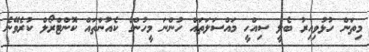
މިތަން ހުޅުވިއިރު ބެލީ ސިއްހީ މައްސަލަތައް ހުންނަ މީހުންގެ ކެއުންތައް ކޮންޓްރޯލް ކުރެވޭނެ